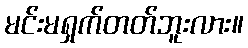
မင်းမရှက်တတ်ဘူးလား။